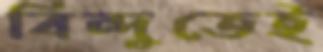
বিন্দুতেই